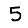
Digit: 5